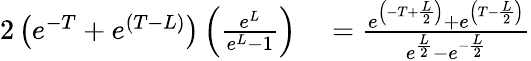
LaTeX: \begin{array}{rl}{{2}\left(e^{-T}+e^{(T-L)}\right)\left(\frac{e^{L}}{e^{L}-1}\right)}&{{}=\frac{e^{\left(-T+\frac{L}{2}\right)}+e^{\left(T-\frac{L}{2}\right)}}{e^{\frac{L}{2}}-e^{-\frac{L}{2}}}}\end{array}